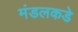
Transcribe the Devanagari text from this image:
मंडलकडे